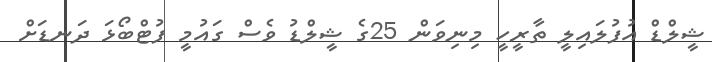
ޝީލްޑް އުފުލައިލީ ތާރީހީ މިނިވަން 25ގެ ޝީލްޑު ވެސް ގައުމީ ފުޓްބޯޅަ ދަނޑަށް